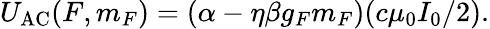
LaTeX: U_{\mathrm{{AC}}}(F,m_{F})=(\alpha-\eta\beta g_{F}m_{F})(c\mu_{0}I_{0}/2).